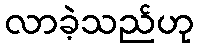
လာခဲ့သည်ဟု